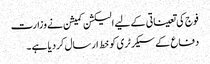
فوج کی تعیناتی کے لیے الیکشن کمیشن نے وزارت
دفاع کے سیکرٹری کو خط ارسال کردیا ہے ۔